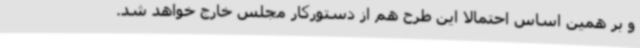
و بر همین اساس احتمالا این طرح هم از دستورکار مجلس خارج خواهد شد.